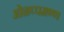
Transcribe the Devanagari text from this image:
ओळप्पमण्ण